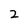
Character: 2